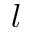
l